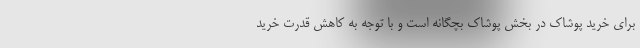
برای خرید پوشاک در بخش پوشاک بچگانه است و با توجه به کاهش قدرت خرید